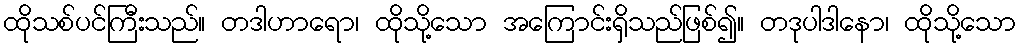
ထိုသစ်ပင်ကြီးသည်။ တဒါဟာရော၊ ထိုသို့သော အကြောင်းရှိသည်ဖြစ်၍။ တဒုပါဒါနော၊ ထိုသို့သော